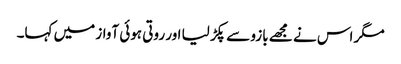
مگر اس نے مجھے بازو سے پکڑ لیا اور روتی ہوئی آواز میں کہا۔